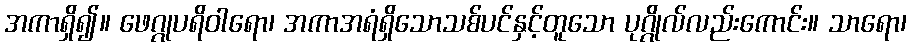
အကာရှိ၍။ ဖေဂ္ဂုပရိဝါရော၊ အကာအရံရှိသောသစ်ပင်နှင့်တူသော ပုဂ္ဂိုလ်လည်းကောင်း။ သာရော၊